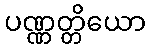
ပဏ္ဏတ္တိယော